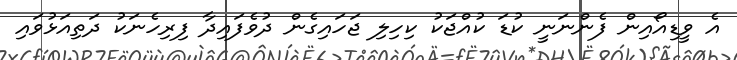
އެ ވީޑިއޯއިން ފެންނަނީ ކުޑަ ކުއްޖަކު ކިހިލި ޖަހައިގެން ދުވެފައިދާ ފިރިހެނަކު ދަތިއަޅުވައި